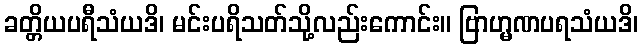
ခတ္တိယပရီသံယဒိ၊ မင်းပရိသတ်သို့လည်းကောင်း။ ဗြာဟ္မဏပရသံယဒိ၊